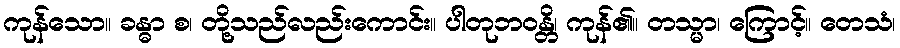
ကုန်သော။ ခန္ဓာ စ၊ တို့သည်လည်းကောင်း။ ပါတုဘဝန္တိ၊ ကုန်၏။ တသ္မာ၊ ကြောင့်။ တေသံ၊